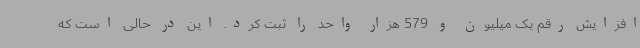
افزایش رقم یک میلیون و 579 هزار واحد را ثبت کرد. این در حالی است که